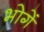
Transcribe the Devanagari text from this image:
भोगें